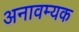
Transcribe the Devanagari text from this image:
अनावम्यक